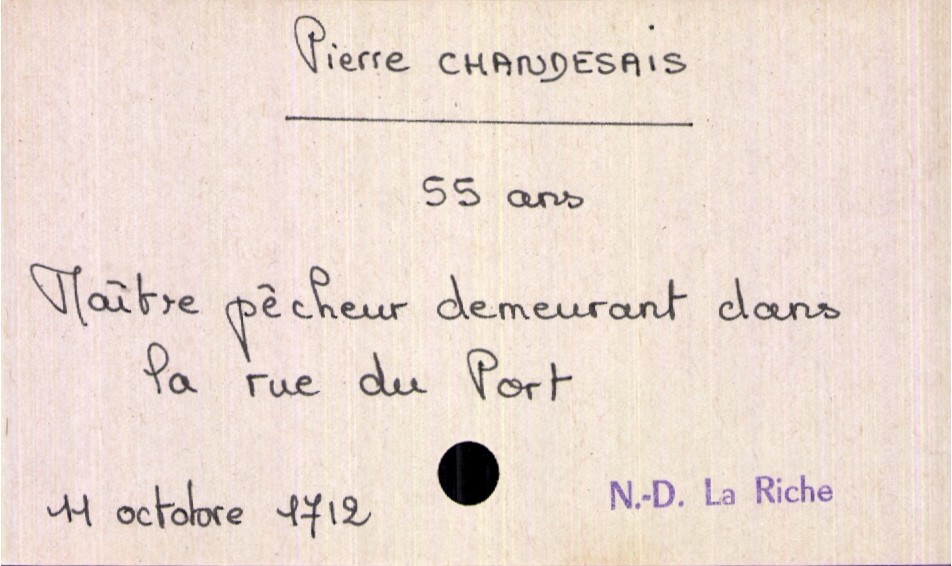
type_acte: Décès
année: 1712
mois: octobre
jour: 11
paroisse: Notre Dame La Riche
défunt_nom: Chandesais
défunt_prénom: Pierre
défunt_sexe: H
défunt_âge: 55 ans
défunt_profession: maître pêcheur
défunt_lieu_de_vie: rue du Port